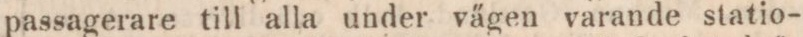
passagerare till alla under vägen varande statio-